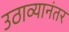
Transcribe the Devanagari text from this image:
उठाव्यानंतर